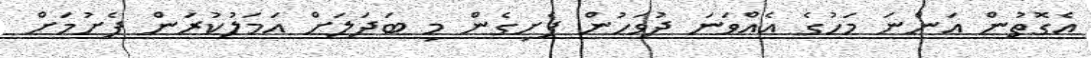
އެގޮތުން އަންނަ މަހުގެ އެއްވަނަ ދުވަހުން ފެށިގެން މި ބަދަލަށް އަމަލުކުރަން ފެށުމަށް